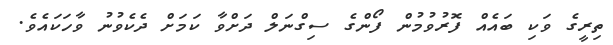
ތިރީގެ ވަކި ބައެއް ފޮރުވުމުން ފޯންގެ ސިގްނަލް ދަށްވާ ކަމަށް ދެކެވުނު ވާހަކައެވެ.